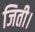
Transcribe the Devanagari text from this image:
जिती।